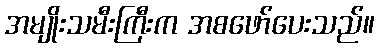
အမျိုးသမီးကြီးက အစဖော်ပေးသည်။